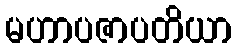
မဟာပဇာပတိယာ